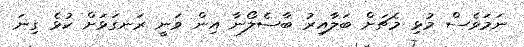
ނަމަވެސް މުޅި މެޗަށް ބަލާއިރު ބާސެލޯނާ އިން ވަނީ ރަނގަޅަށް ކުޅެ ގިނަ